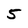
Character: 5